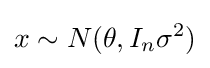
x\sim N(\theta ,I_{n}\sigma ^{2})\,\!